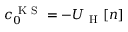
c _ { 0 } ^ { \mathrm { ~ K ~ S ~ } } = - U _ { \mathrm { ~ H ~ } } [ n ]